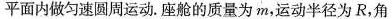
平面内做匀速圆周运动。座舱的质量为m，运动半径为R，角